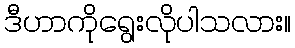
ဒီဟာကိုရွေးလိုပါသလား။